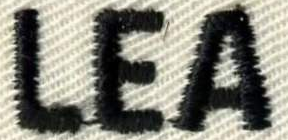
LEA